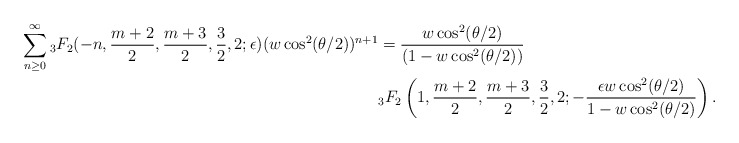
\begin{align*}\sum_{n \geq 0}^{\infty} {}_3F_2(-n, \frac{m+2}{2}, \frac{m+3}{2}, \frac{3}{2}, 2; \epsilon)(w\cos^2(\theta/2))^{n+1} &= \frac{w\cos^2(\theta/2)}{(1-w\cos^2(\theta/2))} \\&{}_3F_2\left(1, \frac{m+2}{2}, \frac{m+3}{2}, \frac{3}{2}, 2; -\frac{\epsilon w\cos^2(\theta/2)}{1-w\cos^2(\theta/2)}\right).\end{align*}